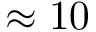
\approx 1 0